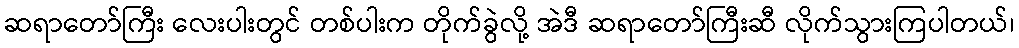
ဆရာတော်ကြီး လေးပါးတွင် တစ်ပါးက တိုက်ခွဲလို့ အဲဒီ ဆရာတော်ကြီးဆီ လိုက်သွားကြပါတယ်၊